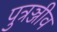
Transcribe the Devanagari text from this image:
पुत्रञ्जीव